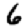
Digit: 6